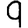
Digit: 9